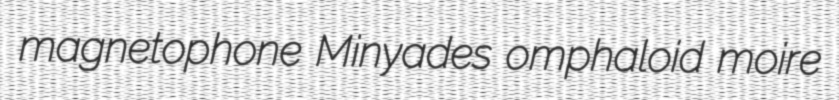
magnetophone Minyades omphaloid moire